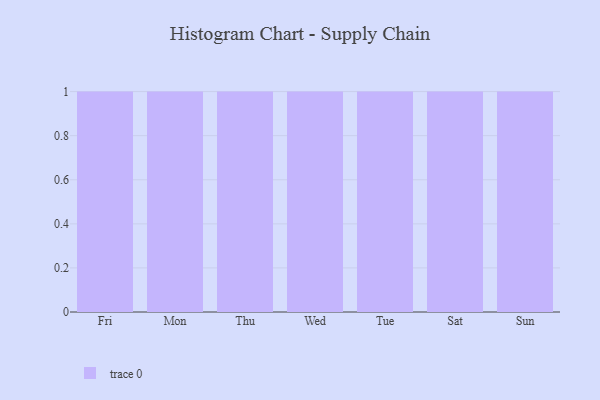
{"axis": {"x": "Day", "y": "Demand Index"}, "legend": [""], "data": [{"x": "Fri", "y": 30, "type": ""}, {"x": "Mon", "y": 78, "type": ""}, {"x": "Thu", "y": 12, "type": ""}, {"x": "Wed", "y": 21, "type": ""}, {"x": "Tue", "y": 91, "type": ""}, {"x": "Sat", "y": 14, "type": ""}, {"x": "Sun", "y": 76, "type": ""}]}